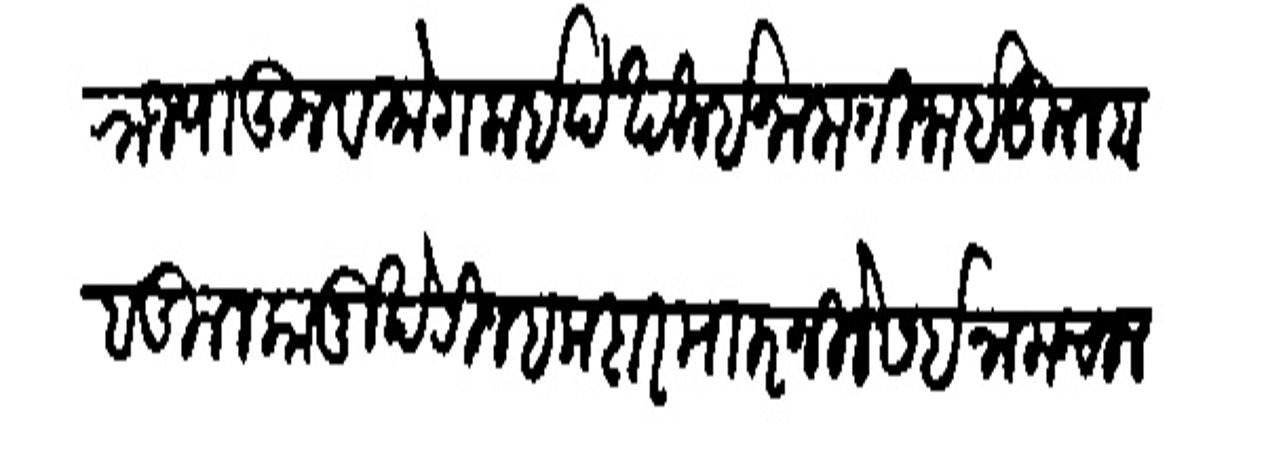
Transliteration (Devanagari): राज्यातून व मोगलाई बेखील इनाम तिजाई कुलबा व कुलकानू खेरीज हकदार मारनिलेस इनाम चाल